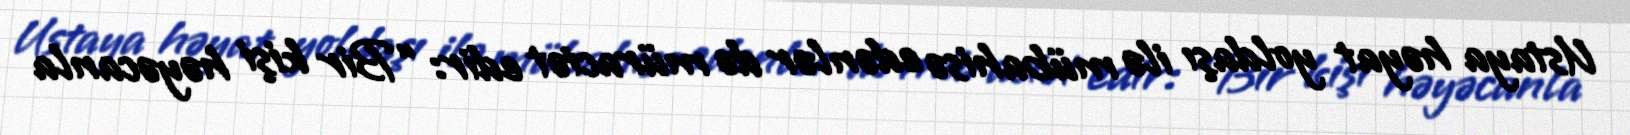
Ustaya həyat yoldaşı ilə mübahisə edənlər də müraciət edir: “Bir kişi həyəcanla